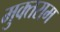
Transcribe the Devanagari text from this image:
मुक्तराम